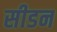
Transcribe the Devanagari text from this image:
सीडन